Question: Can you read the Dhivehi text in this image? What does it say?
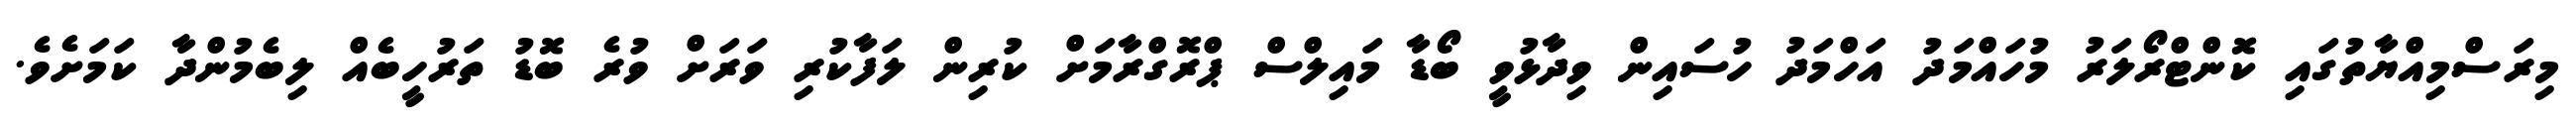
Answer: މިރަސްމިއްޔާތުގައި ކޮންޓްރޯލަރު މުހައްމަދު އަހްމަދު ހުސައިން ވިދާޅުވީ ބޯޑާ މައިލްސް ޕްރޮގްރާމަށް ކުރިން ލަފާކުރި ވަރަށް ވުރެ ބޮޑު ތަރުހީބެއް ލިބެމުންދާ ކަމަށެވެ.